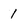
Character: 1